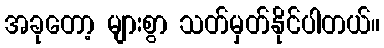
အခုတော့ များစွာ သတ်မှတ်နိုင်ပါတယ်။